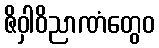
ဇိဝှါဝိညာဏံတွေဝ